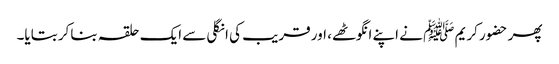
پھر حضور کریم ﷺ نے اپنے انگوٹھے، اور قریب کی انگلی سے ایک حلقہ بناکر بتایا۔